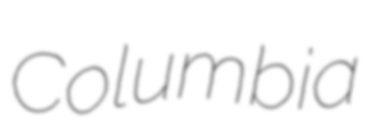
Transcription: Columbia